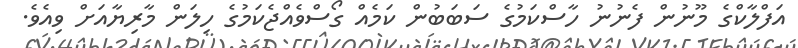
އަފްލާކްގެ މޫނުން ފެނުނު ހާސްކަމުގެ ސަބަބުން ކަމެއް ގޯސްވެއްޖެކަމުގެ ހިލަން މާރިޔާއަށް ވިއެވެ.